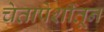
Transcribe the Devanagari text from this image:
चेतापेशींतून